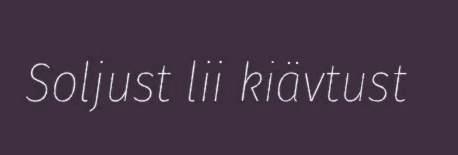
Soljust lii kiävtust